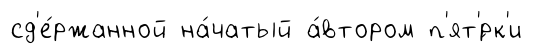
сд'е́ржанной на́чатый а́втором п'ят'́рк'и